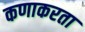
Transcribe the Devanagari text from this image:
कणाकरता